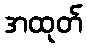
အထုတ်